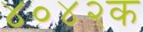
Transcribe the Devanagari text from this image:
४०४२क